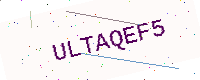
Text: ULTAQEF5